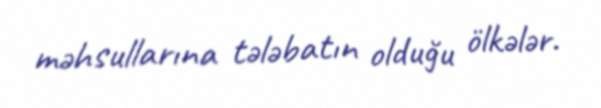
məhsullarına tələbatın olduğu ölkələr.